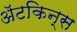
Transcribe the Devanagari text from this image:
अॅटकिन्स